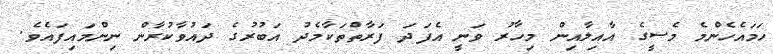
ހަމައެހެންމެ މެސީގެ އާއިލާއިން މިހާރު ވަނީ އެފަދަ ފަރާތްތަކާމެދު އަބުރުގެ ދައުވާކުރާން ނިންމައިފައެވެ.